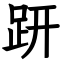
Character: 趼